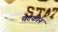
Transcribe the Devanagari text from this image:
चेटकीन